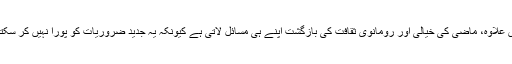
اس علاوہ، ماضی کی خیالی اور رومانوی ثقافت کی بازگشت اپنے ہی مسائل لاتی ہے کیونکہ یہ جدید ضروریات کو پورا نہیں کر سکتی۔